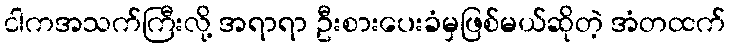
ငါကအသက်ကြီးလို့ အရာရာ ဦးစားပေးခံမှဖြစ်မယ်ဆိုတဲ့ အံတထက်